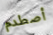
أصطدم